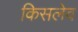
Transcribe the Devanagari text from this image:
किसलेव